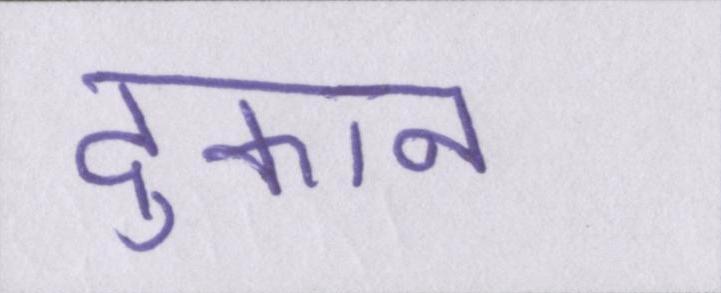
दुकान